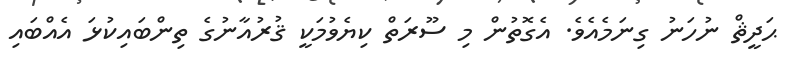
ޙަދީޘް ނުހަނު ގިނަމެއެވެ. އެގޮތުން މި ސޫރަތް ކިޔެވުމަކީ ޤުރުއާނުގެ ތިންބައިކުޅަ އެއްބައި